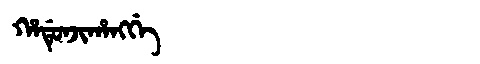
Manchu: ᡥᠠᡩᡠᠨᠵᡳᡥᠠᠩᡤᡝ
Romanization: HADUNJIHANGGE